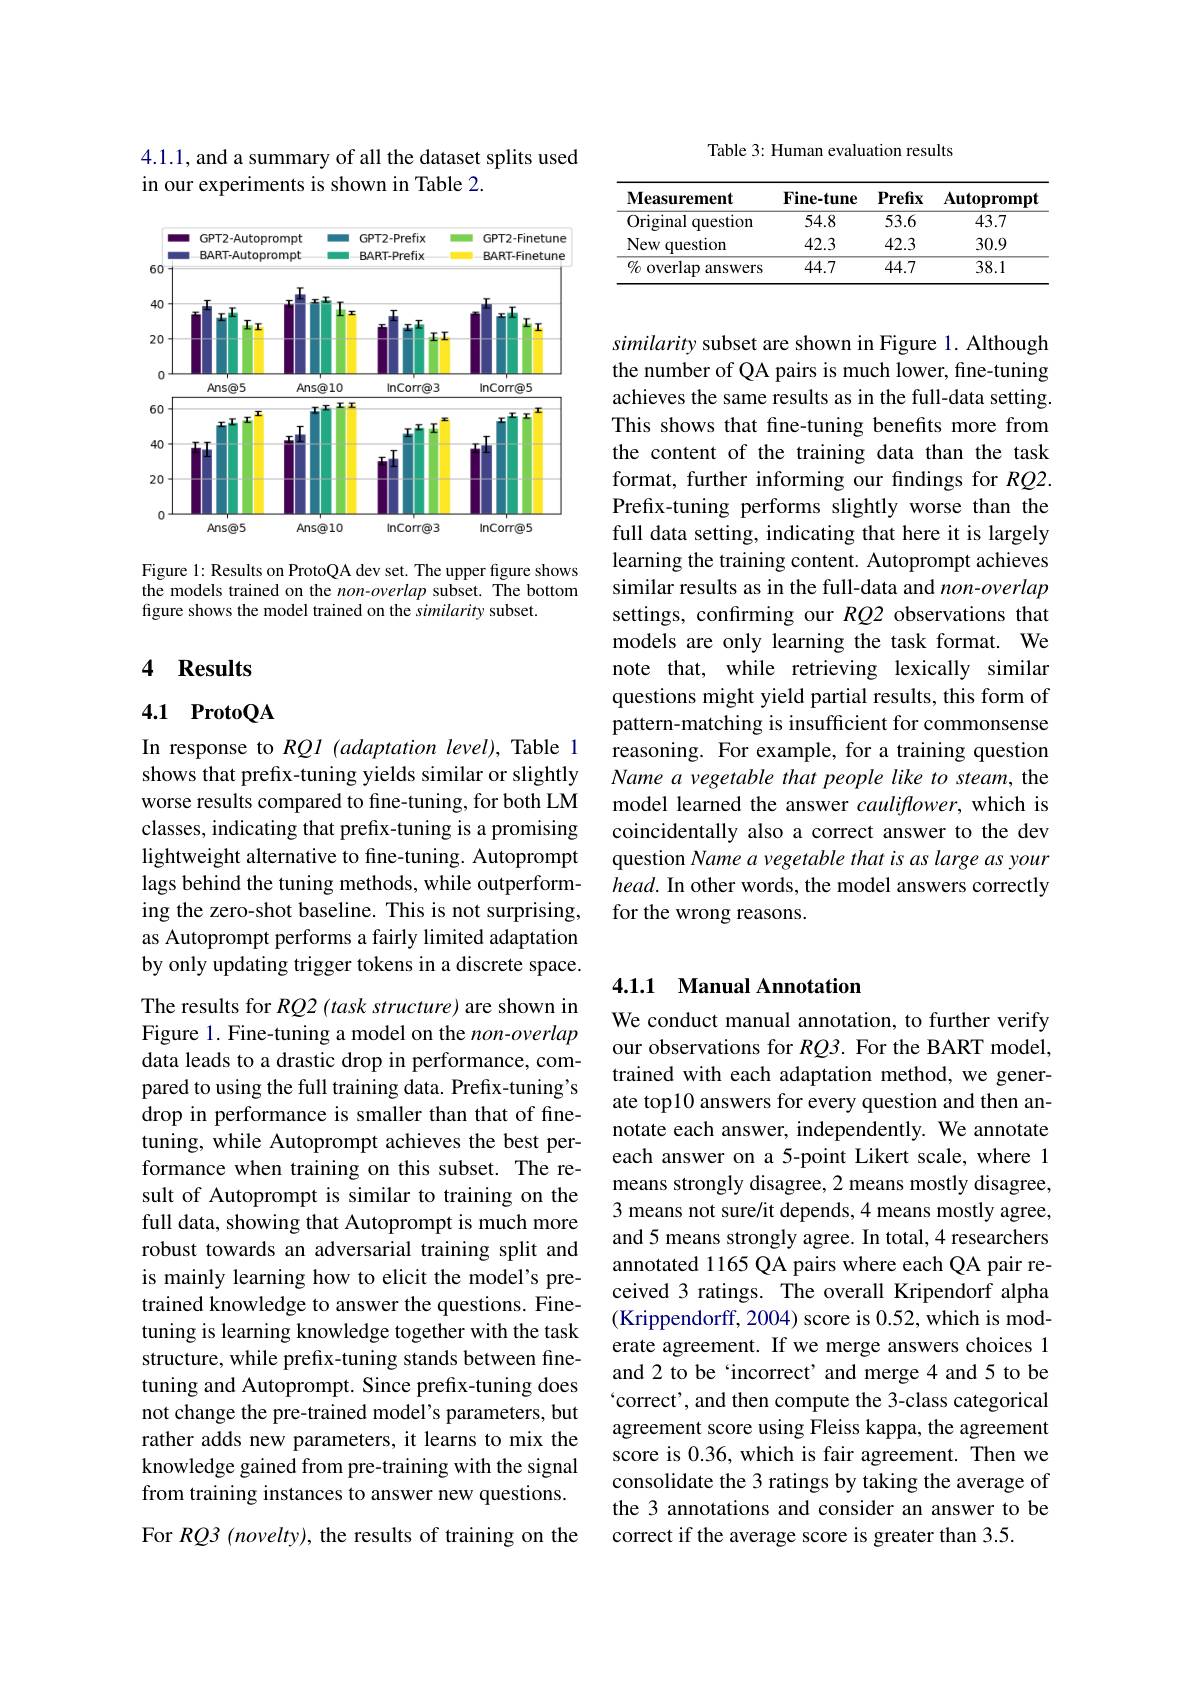
4.1.1, and a summary of all the dataset splits used
in our experiments is shown in Table 2.

<FigureHere>

Figure 1: Results on ProtoQA dev set. The upper figure shows the models trained on the non-overlap subset. The bottom figure shows the model trained on the similarity subset.

## 4 Results

### 4.1 ProtoQA

In response to RQl (adaptation level), Table 1 shows that prefix-tuning yields similar or slightly worse results compared to fine-tuning, for both LM classes, indicating that prefix-tuning is a promising lightweight alternative to fine-tuning. Autoprompt lags behind the tuning methods, while outperforming the zero-shot baseline. This is not surprising, as Autoprompt performs a fairly limited adaptation by only updating trigger tokens in a discrete space. The results for RQ2 (task structure) are shown in Figure 1. Fine-tuning a model on the non-overlap data leads to a drastic drop in performance, compared to using the full training data. Prefix-tuning's drop in performance is smaller than that of finetuning, while Autoprompt achieves the best performance when training on this subset. The result of Autoprompt is similar to training on the full data, showing that Autoprompt is much more robust towards an adversarial training split and is mainly learning how to elicit the model's pretrained knowledge to answer the questions. Finetuning is learning knowledge together with the task structure, while prefix-tuning stands between finetuning and Autoprompt. Since prefix-tuning does not change the pre-trained model's parameters, but rather adds new parameters, it learns to mix the knowledge gained from pre-training with the signal from training instances to answer new questions. For RQ3 (novelty), the results of training on the

Table 3: Human evaluation results

<table>
	<tbody>
		<tr>
			<th>Measurement</th>
			<th>$\mathbf{Fine-tune}$</th>
			<th>$\mathbf{Prefix}$</th>
			<th>${\mathbf{Autopromp}}$</th>
		</tr>
		<tr>
			<td>Original question</td>
			<td>54.8</td>
			<td>53.6</td>
			<td>43.7</td>
		</tr>
		<tr>
			<td>New r question</td>
			<td>42.3</td>
			<td>42.3</td>
			<td>30.9</td>
		</tr>
		<tr>
			<td>$\%$ overlap answers</td>
			<td>44.7</td>
			<td>44.7</td>
			<td>38.1</td>
		</tr>
	</tbody>
</table>

similarity subset are shown in Figure 1. Although the number of QA pairs is much lower, fine-tuning achieves the same results as in the full-data setting. This shows that fine-tuning benefits more from the content of the training data than the task format, further informing our findings for $RQ2.$ Prefix-tuning performs slightly worse than the full data setting, indicating that here it is largely learning the training content. Autoprompt achieves similar results as in the full-data and non-overlap settings, confrming our RQ2 observations that models are only learning the task format. We note that, while retrieving lexically similar questions might yield partial results, this form of pattern-matching is insufficient for commonsense reasoning. For example, for a training question Name a vegetable that people like to steam, the model learned the answer cauliflower, which is coincidentally also a correct answer to the dev question Name a vegetable that is as large as your $head.$ In other words, the model answers correctly for the wrong reasons.

### 4.1.1 Manual Annotation

We conduct manual annotation, to further verify our observations for $RQ3.$ For the BART model, trained with each adaptation method, we generate top10 answers for every question and then annotate each answer, independently. We annotate each answer on a 5-point Likert scale, where 1 means strongly disagree, 2 means mostly disagree, 3 means not sure/it depends,4 means mostly agree, and 5 means strongly agree. In total,4 researchers annotated 1165 QA pairs where each QA pair received 3 ratings. The overall Kripendorf alpha (Krippendorff, 2004) score is 0.52,which is moderate agreement. If we merge answers choices 1 and 2 to be `incorrect' and merge 4 and 5 to be `correct', and then compute the 3-class categorical agreement score using Fleiss kappa, the agreement score is 0.36, which is fair agreement. Then we consolidate the 3 ratings by taking the average of the 3 annotations and consider an answer to be correct if the average score is greater than 3.5.